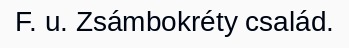
F. u. Zsámbokréty család.